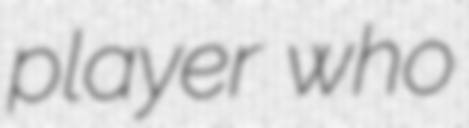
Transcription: player who